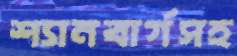
শ্যানবার্গসহ